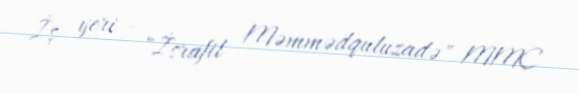
İş yeri - "İsrafil Məmmədquluzadə" MMC